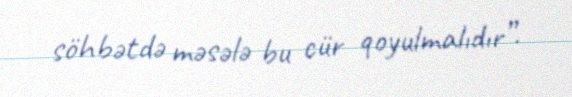
söhbətdə məsələ bu cür qoyulmalıdır”.